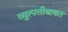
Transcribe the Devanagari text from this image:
व्युत्पत्तीबाबत